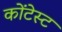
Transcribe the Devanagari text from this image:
कोंटेस्ट